Civil Veterinary Department Bengal reports 1933-51 - 1933-1951
Year: 1933
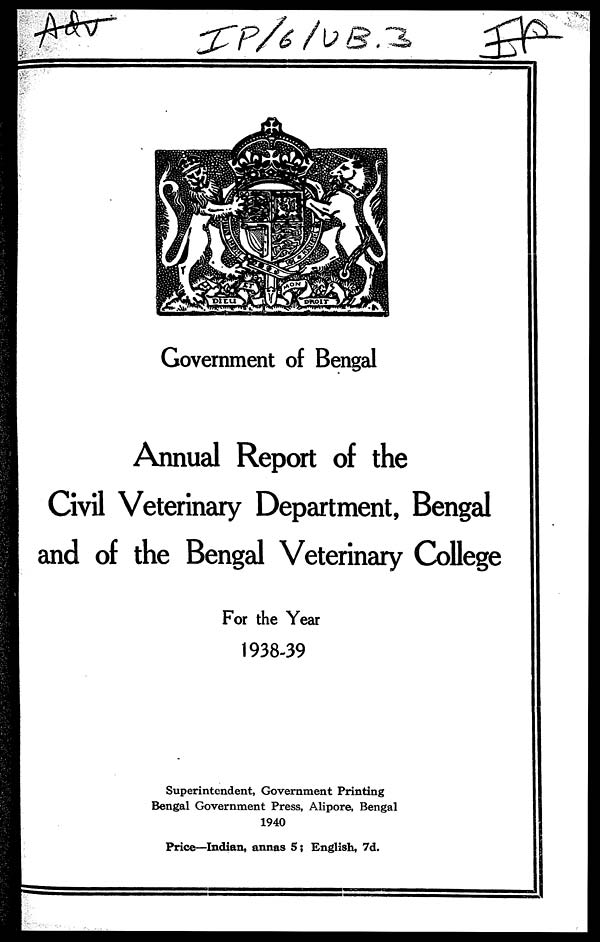
Government of Bengal
Annual Report of the
Civil Veterinary Department, Bengal
and of the Bengal Veterinary College
For the Year
1938-39
Superintendent, Government Printing
Bengal Government Press, Alipore, Bengal
1940
Price—Indian, annas 5; English, 7d.